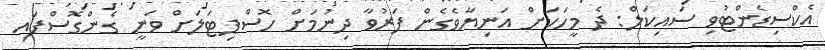
އެކްސިޑެންޓުވި ސައިކަލް: ދެ މީހަކަށް އަނިޔާވެގެން ފަރުވާ ދިނުމަށް ހޮސްޕިޓަލަށް ވަނީ ގެންގޮސްފައި